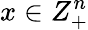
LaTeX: x\in Z_{+}^{n}